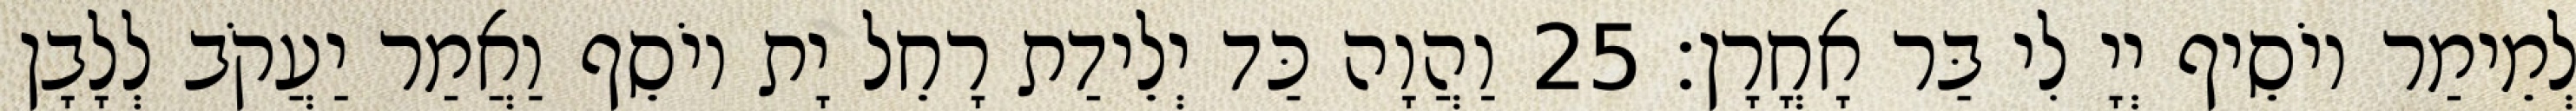
לְמֵימַר יוֹסֵיף יְיָ לִי בַּר אָחֳרָן׃ 25 וַהֲוָה כַּד יְלֵידַת רָחֵל יָת יוֹסֵף וַאֲמַר יַעֲקֹב לְלָבָן